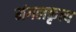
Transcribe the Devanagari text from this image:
मंगलकृत्य